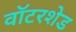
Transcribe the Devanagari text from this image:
वॉटरशेड